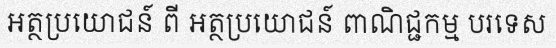
អត្ថប្រយោជន៍ ពី អត្ថប្រយោជន៍ ពាណិជ្ជកម្ម បរទេស